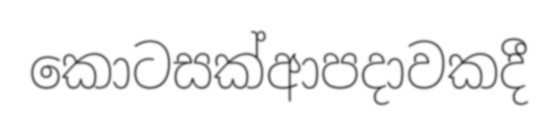
කොටසක්ආපදාවකදී